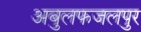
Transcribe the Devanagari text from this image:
अबुलफजलपुर